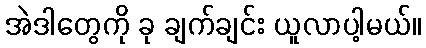
အဲဒါတွေကို ခု ချက်ချင်း ယူလာပါ့မယ်။